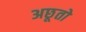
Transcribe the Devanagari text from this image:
अछूतो